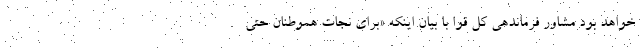
خواهد بود مشاور فرماندهی کل قوا با بیان اینکه «برای نجات هموطنان حتی